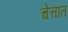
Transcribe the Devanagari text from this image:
चेत्तात